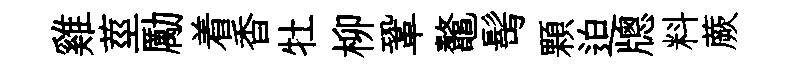
雞莖勵着香牡柳鞏鼇髩顆迫牕料蕨